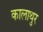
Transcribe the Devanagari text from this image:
कालाथुर